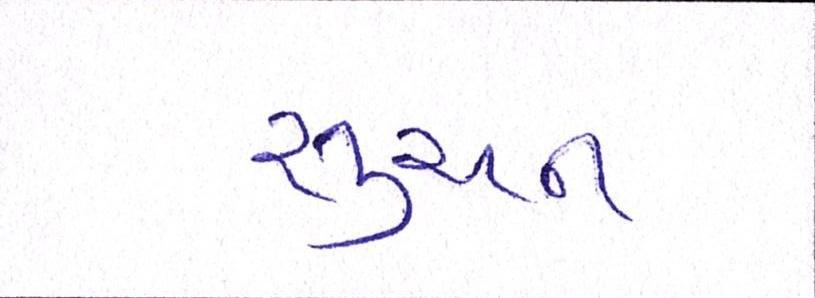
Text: સુચન